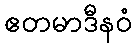
ဧတမာဒီနဝံ